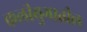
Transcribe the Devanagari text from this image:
कलीयुगातील